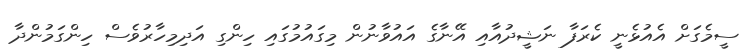
ސީމެގަށް އެއުޅެނީ ކެރަފާ ނަޝީދުއާއި އޭނާގެ އައުވާނުން މިގައުމުގައި ހިންގި އަދިމިހާރުވެސް ހިންގަމުންދާ